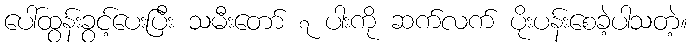
ပေါ်ထွန်းခွင့်ပေးပြီး သမီးတော် ၇ ပါးကို ဆက်လက် ပိုးပန်းစေခဲ့ပါသတဲ့။